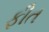
ફીત